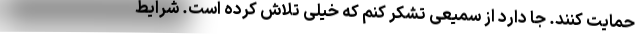
حمایت کنند. جا دارد از سمیعی تشکر کنم که خیلی تلاش کرده است. شرایط